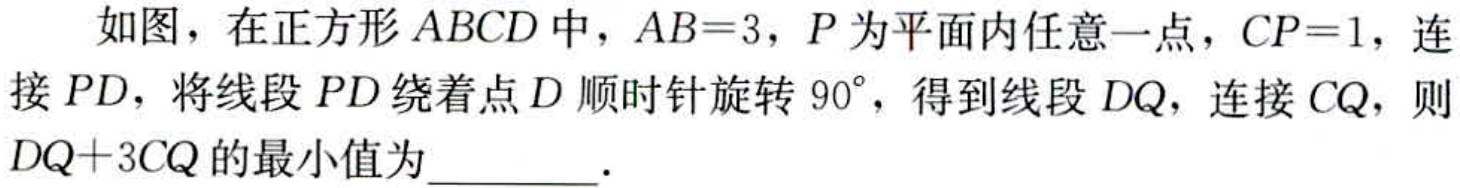
如图，在正方形\(ABCD\)中，\(AB = 3\)，\(P\)为平面内任意一点，\(CP = 1\)，连接\(PD\)，将线段\(PD\)绕着点\(D\)顺时针旋转\(90^{\circ}\)，得到线段\(DQ\)，连接\(CQ\)，则\(DQ + 3CQ\)的最小值为  ．